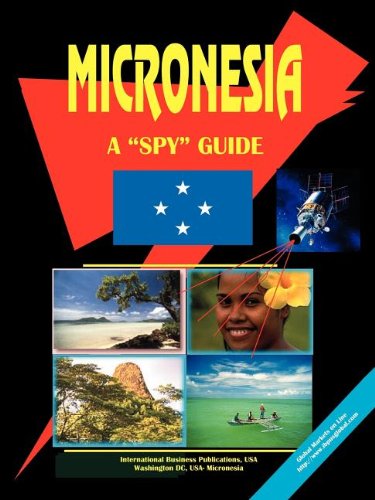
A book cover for Micronesia: A Spy Guide (World Economic and Trade Unions Business Library); Ibp Usa; Travel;